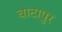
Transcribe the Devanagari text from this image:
बाटापुर